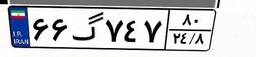
۶۶گ۷۴۷۸۰